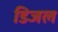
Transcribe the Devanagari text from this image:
डिजल